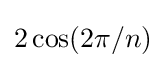
2\cos(2\pi /n)